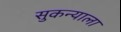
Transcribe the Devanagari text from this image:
सुकन्याला